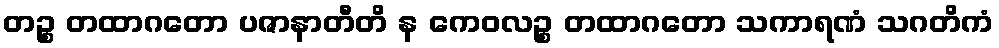
တဉ္စ တထာဂတော ပဇာနာတီတိ န ကေဝလဉ္စ တထာဂတော သကာရဏံ သဂတိကံ